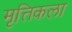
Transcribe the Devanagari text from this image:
मृत्तिकला